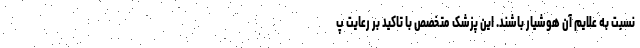
نسبت به علایم آن هوشیار باشند. این پزشک متخصص با تاکید بر رعایت پ